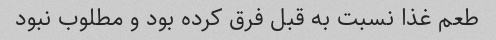
طعم غذا نسبت به قبل فرق کرده بود و مطلوب نبود